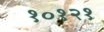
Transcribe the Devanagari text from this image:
१०१२१